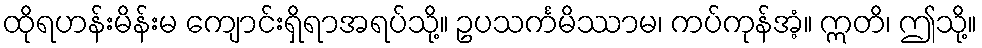
ထိုရဟန်းမိန်းမ ကျောင်းရှိရာအရပ်သို့။ ဥပသင်္ကမိဿာမ၊ ကပ်ကုန်အံ့။ ဣတိ၊ ဤသို့။